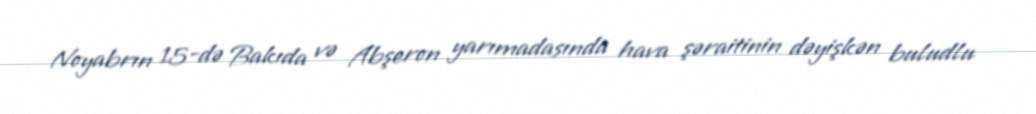
Noyabrın 15-də Bakıda və Abşeron yarımadasında hava şəraitinin dəyişkən buludlu